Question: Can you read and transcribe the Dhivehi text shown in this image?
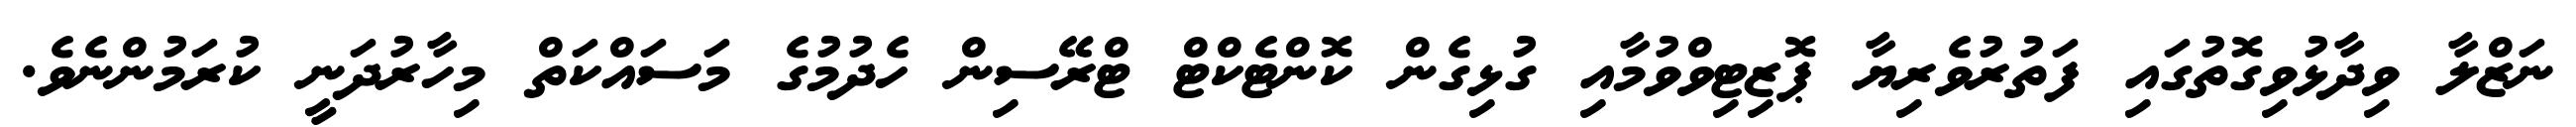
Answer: ނަޒްލާ ވިދާޅުވިގޮތުގައި ފަތުރުވެރިޔާ ޕޮޒިޓިވްވުމާއި ގުޅިގެން ކޮންޓެކްޓް ޓްރޭސިން ހެދުމުގެ މަސައްކަތް މިހާރުދަނީ ކުރަމުންނެވެ.